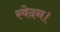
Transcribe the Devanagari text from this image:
स्वेदन।